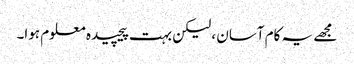
مجھے یہ کام آسان ، لیکن بہت پیچیدہ معلوم ہوا۔